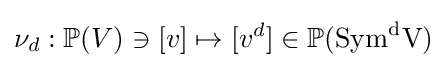
\nu _{d}:\mathbb {P} (V)\ni [v]\mapsto [v^{d}]\in \mathbb {P} ({\rm {{Sym}^{d}V)}}